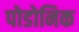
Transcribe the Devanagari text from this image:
पोडोनिक